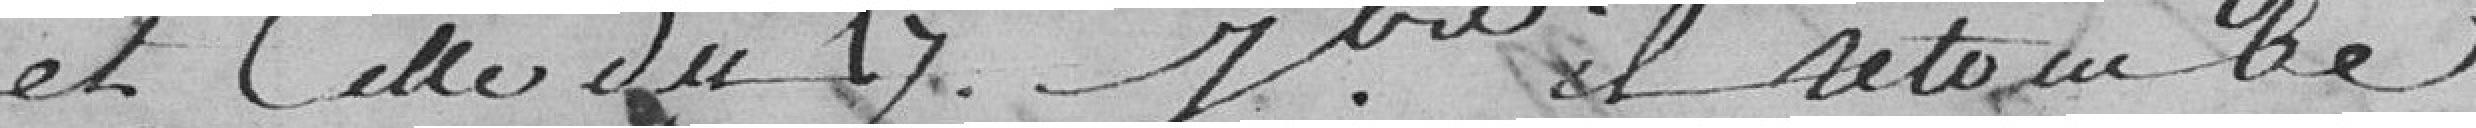
et celle du 17 septembre il retombe